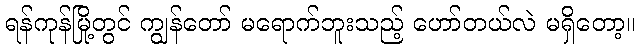
ရန်ကုန်မြို့တွင် ကျွန်တော် မရောက်ဘူးသည့် ဟော်တယ်လဲ မရှိတော့။